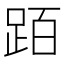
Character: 𬦰